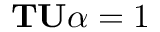
\mathbf { T U } \alpha = 1